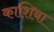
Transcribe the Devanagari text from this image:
काशिबा